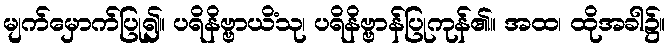
မျက်မှောက်ပြု၍။ ပရိနိဗ္ဗာယိံသု၊ ပရိနိဗ္ဗာန်ပြုကုန်၏။ အထ၊ ထိုအခါ၌။